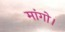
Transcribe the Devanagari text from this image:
मांगो।